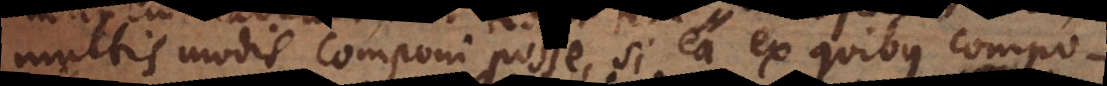
multis modis componi posse, si ea ex quibus compon